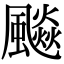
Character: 飈